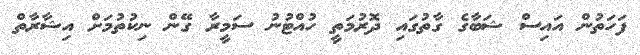
ފަހަތުން އައިސް ޝަބާގެ ގާތުގައި ދޮރުމަތީ ހުއްޓުނު ސަމީރާ ގޭން ނިކުތުމަށް އިޝާރާތް